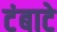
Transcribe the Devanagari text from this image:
टंबाटे